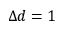
\Delta d = 1